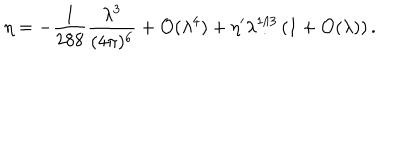
\eta = - { \frac { 1 } { 2 8 8 } } { \frac { \lambda ^ { 3 } } { ( 4 \pi ) ^ { 6 } } } + { \cal O } ( \lambda ^ { 4 } ) + \eta ^ { \prime } \lambda ^ { 1 / 3 } \left( 1 + { \cal O } ( \lambda ) \right) .